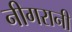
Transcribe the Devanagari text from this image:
नीगरानी